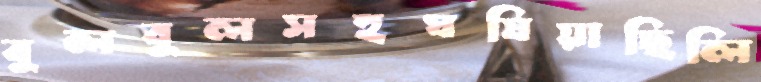
বুলবুলসহঘষিয়াছিলি